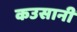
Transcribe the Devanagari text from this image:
कउसानी